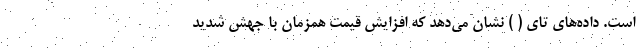
است. داده‌های تای ( ) نشان می‌دهد که افزایش قیمت همزمان با جهش شدید